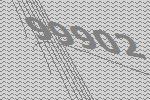
99902